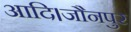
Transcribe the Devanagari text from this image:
आदि।जौनपुर